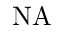
\mathrm { N A }